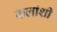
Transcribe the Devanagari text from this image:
कलांशी